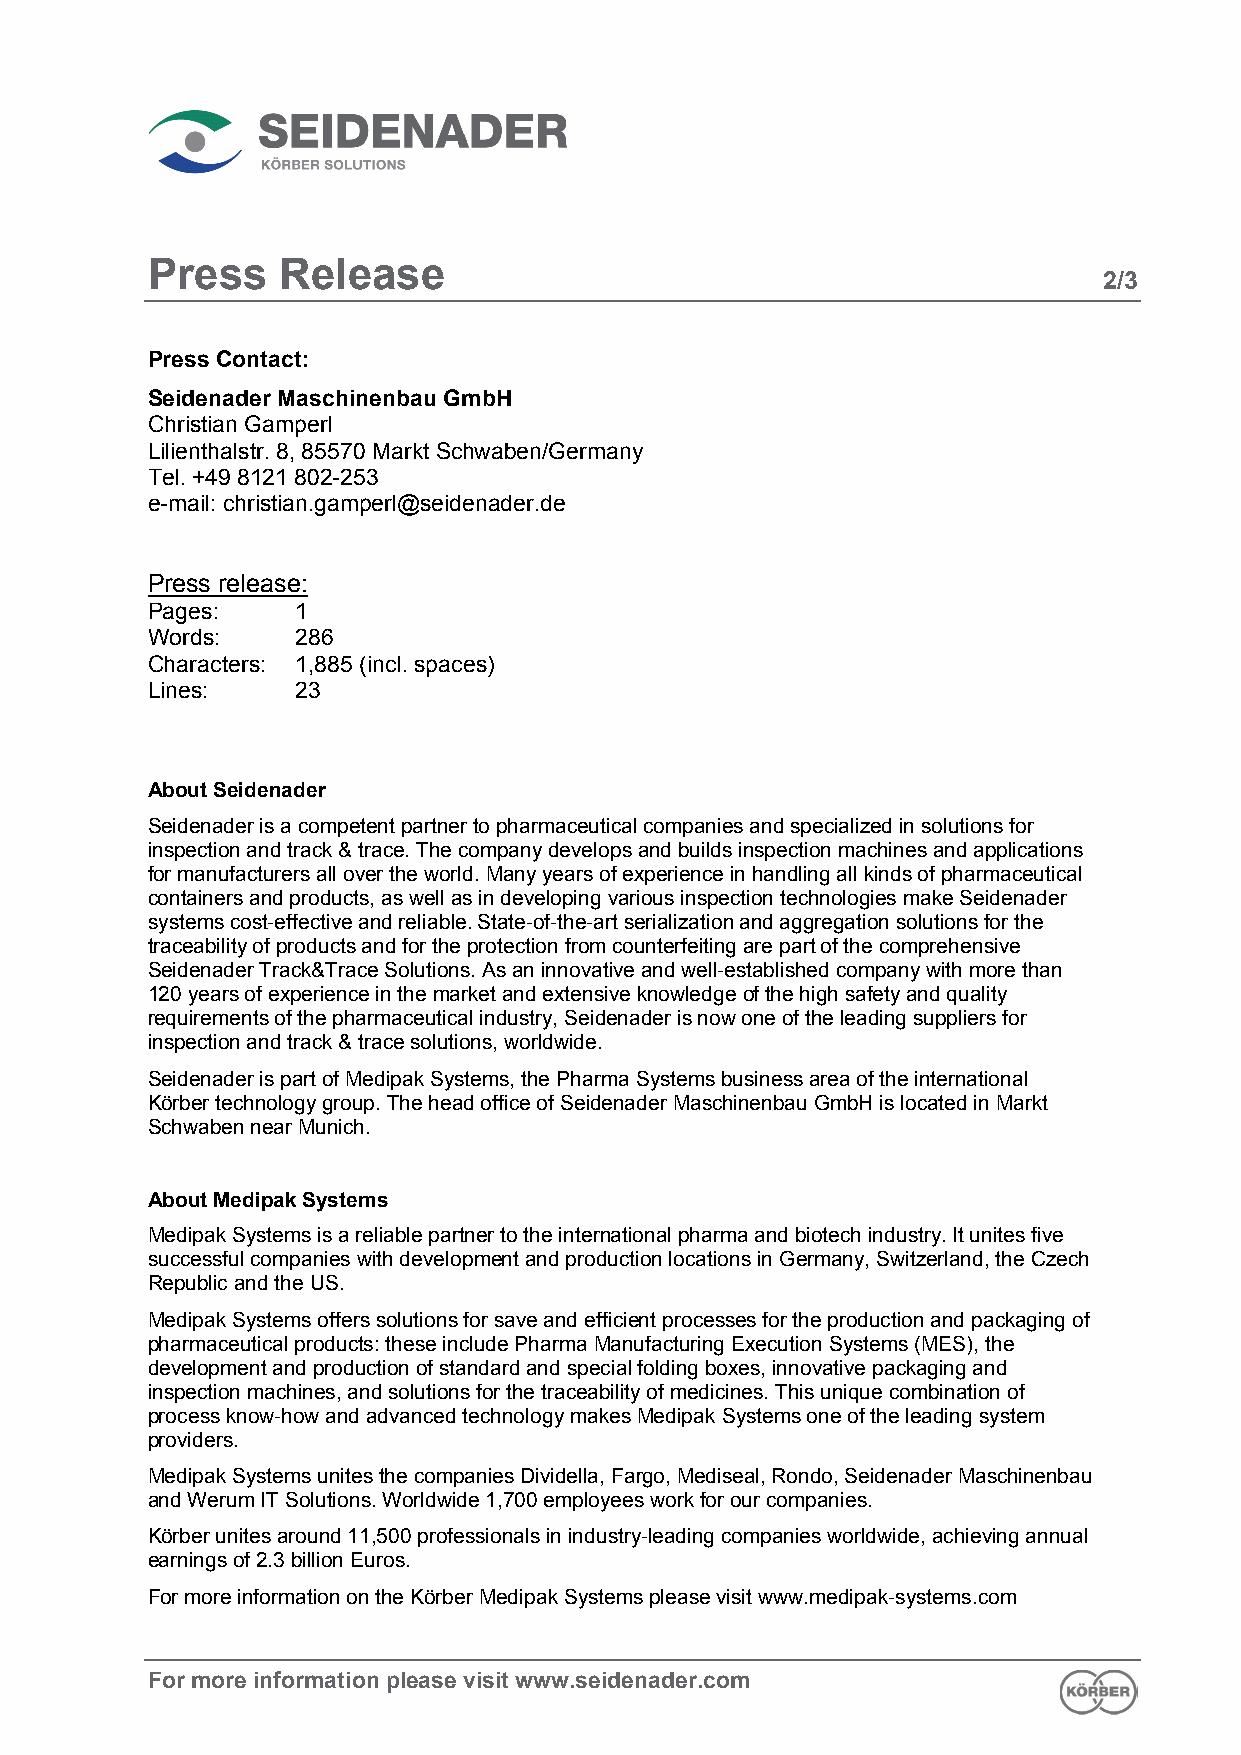
Press   Release
 2/3
 Press Contact:
 Seidenader Maschinenbau GmbH
 Christian Gamperl
 Lilienthalstr. 8, 85570 Markt Schwaben/Germany
 Tel. +49 8121 802-253
 e-mail: christian.gamperl@seidenader.de
 Press release:
 Pages:    1
 Words:    286
 Characters: 1,885 (incl. spaces)
 Lines:    23
 About Seidenader
 Seidenader is a competent partner to pharmaceutical companies and specialized in solutions for
 inspection and track & trace. The company develops and builds inspection machines and applications
 for manufacturers all over the world. Many years of experience in handling all kinds of pharmaceutical
 containers and products, as well as in developing various inspection technologies make Seidenader
 systems cost-effective and reliable. State-of-the-art serialization and aggregation solutions for the
 traceability of products and for the protection from counterfeiting are part of the comprehensive
 Seidenader Track&Trace Solutions. As an innovative and well-established company with more than
 120 years of experience in the market and extensive knowledge of the high safety and quality
 requirements of the pharmaceutical industry, Seidenader is now one of the leading suppliers for
 inspection and track & trace solutions, worldwide.
 Seidenader is part of Medipak Systems, the Pharma Systems business area of the international
 Körber technology group. The head office of Seidenader Maschinenbau GmbH is located in Markt
 Schwaben near Munich.
 About Medipak Systems
 Medipak Systems is a reliable partner to the international pharma and biotech industry. It unites five
 successful companies with development and production locations in Germany, Switzerland, the Czech
 Republic and the US.
 Medipak Systems offers solutions for save and efficient processes for the production and packaging of
 pharmaceutical products: these include Pharma Manufacturing Execution Systems (MES), the
 development and production of standard and special folding boxes, innovative packaging and
 inspection machines, and solutions for the traceability of medicines. This unique combination of
 process know-how and advanced technology makes Medipak Systems one of the leading system
 providers.
 Medipak Systems unites the companies Dividella, Fargo, Mediseal, Rondo, Seidenader Maschinenbau
 and Werum IT Solutions. Worldwide 1,700 employees work for our companies.
 Körber unites around 11,500 professionals in industry-leading companies worldwide, achieving annual
 earnings of 2.3 billion Euros.
 For more information on the Körber Medipak Systems please visit www.medipak-systems.com
 For more information please visit www.seidenader.com